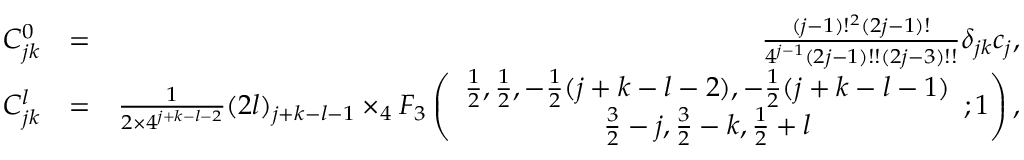
\begin{array} { r l r } { C _ { j k } ^ { 0 } } & { = } & { \frac { ( j - 1 ) ! ^ { 2 } ( 2 j - 1 ) ! } { 4 ^ { j - 1 } ( 2 j - 1 ) ! ! ( 2 j - 3 ) ! ! } \delta _ { j k } c _ { j } , } \\ { C _ { j k } ^ { l } } & { = } & { \frac { 1 } { 2 \times 4 ^ { j + k - l - 2 } } ( 2 l ) _ { j + k - l - 1 } \times _ { 4 } F _ { 3 } \left( \begin{array} { c c } { \frac { 1 } { 2 } , \frac { 1 } { 2 } , - \frac { 1 } { 2 } ( j + k - l - 2 ) , - \frac { 1 } { 2 } ( j + k - l - 1 ) } \\ { \frac { 3 } { 2 } - j , \frac { 3 } { 2 } - k , \frac { 1 } { 2 } + l } \end{array} ; 1 \right) , } \end{array}